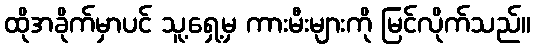
ထိုအခိုက်မှာပင် သူ့ရှေ့မှ ကားမီးများကို မြင်လိုက်သည်။